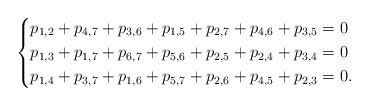
\begin{align*}\left\{\begin{aligned}p_{1,2}+p_{4,7}+p_{3,6}+p_{1,5}+p_{2,7}+p_{4,6}+p_{3,5}&=0\\p_{1,3}+p_{1,7}+p_{6,7}+p_{5,6}+p_{2,5}+p_{2,4}+p_{3,4}&=0\\p_{1,4}+p_{3,7}+p_{1,6}+p_{5,7}+p_{2,6}+p_{4,5}+p_{2,3}&=0.\end{aligned}\right.\end{align*}